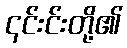
၎င်းင်းတို့၏